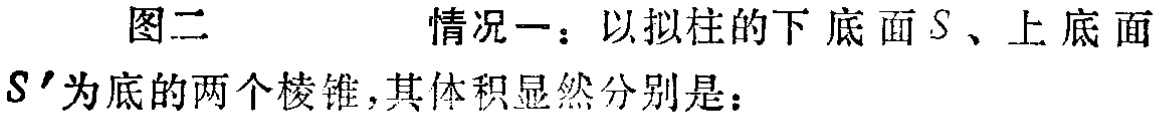
图二 情况一：以拟柱的下底面\(S\)、上底面\(S'\)为底的两个棱锥，其体积显然分别是：